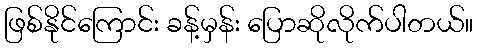
ဖြစ်နိုင်ကြောင်း ခန့်မှန်း ပြောဆိုလိုက်ပါတယ်။